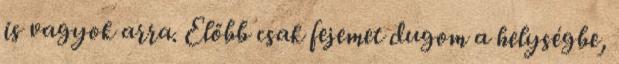
is vagyok arra. Előbb csak fejemet dugom a helységbe,